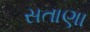
સતાણા